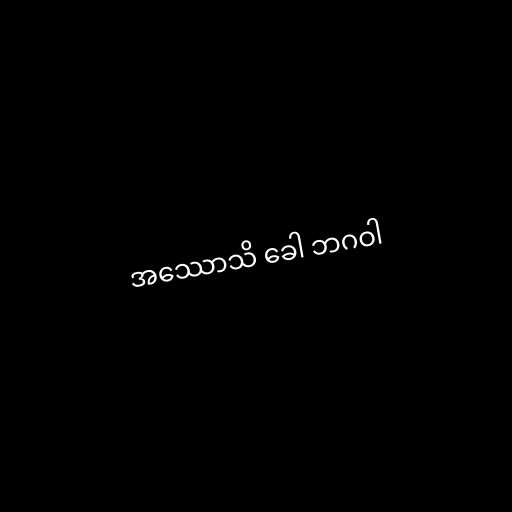
အဿောသိ ခေါ ဘဂဝါ